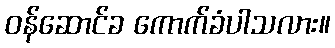
ဝန်ဆောင်ခ ကောက်ခံပါသလား။